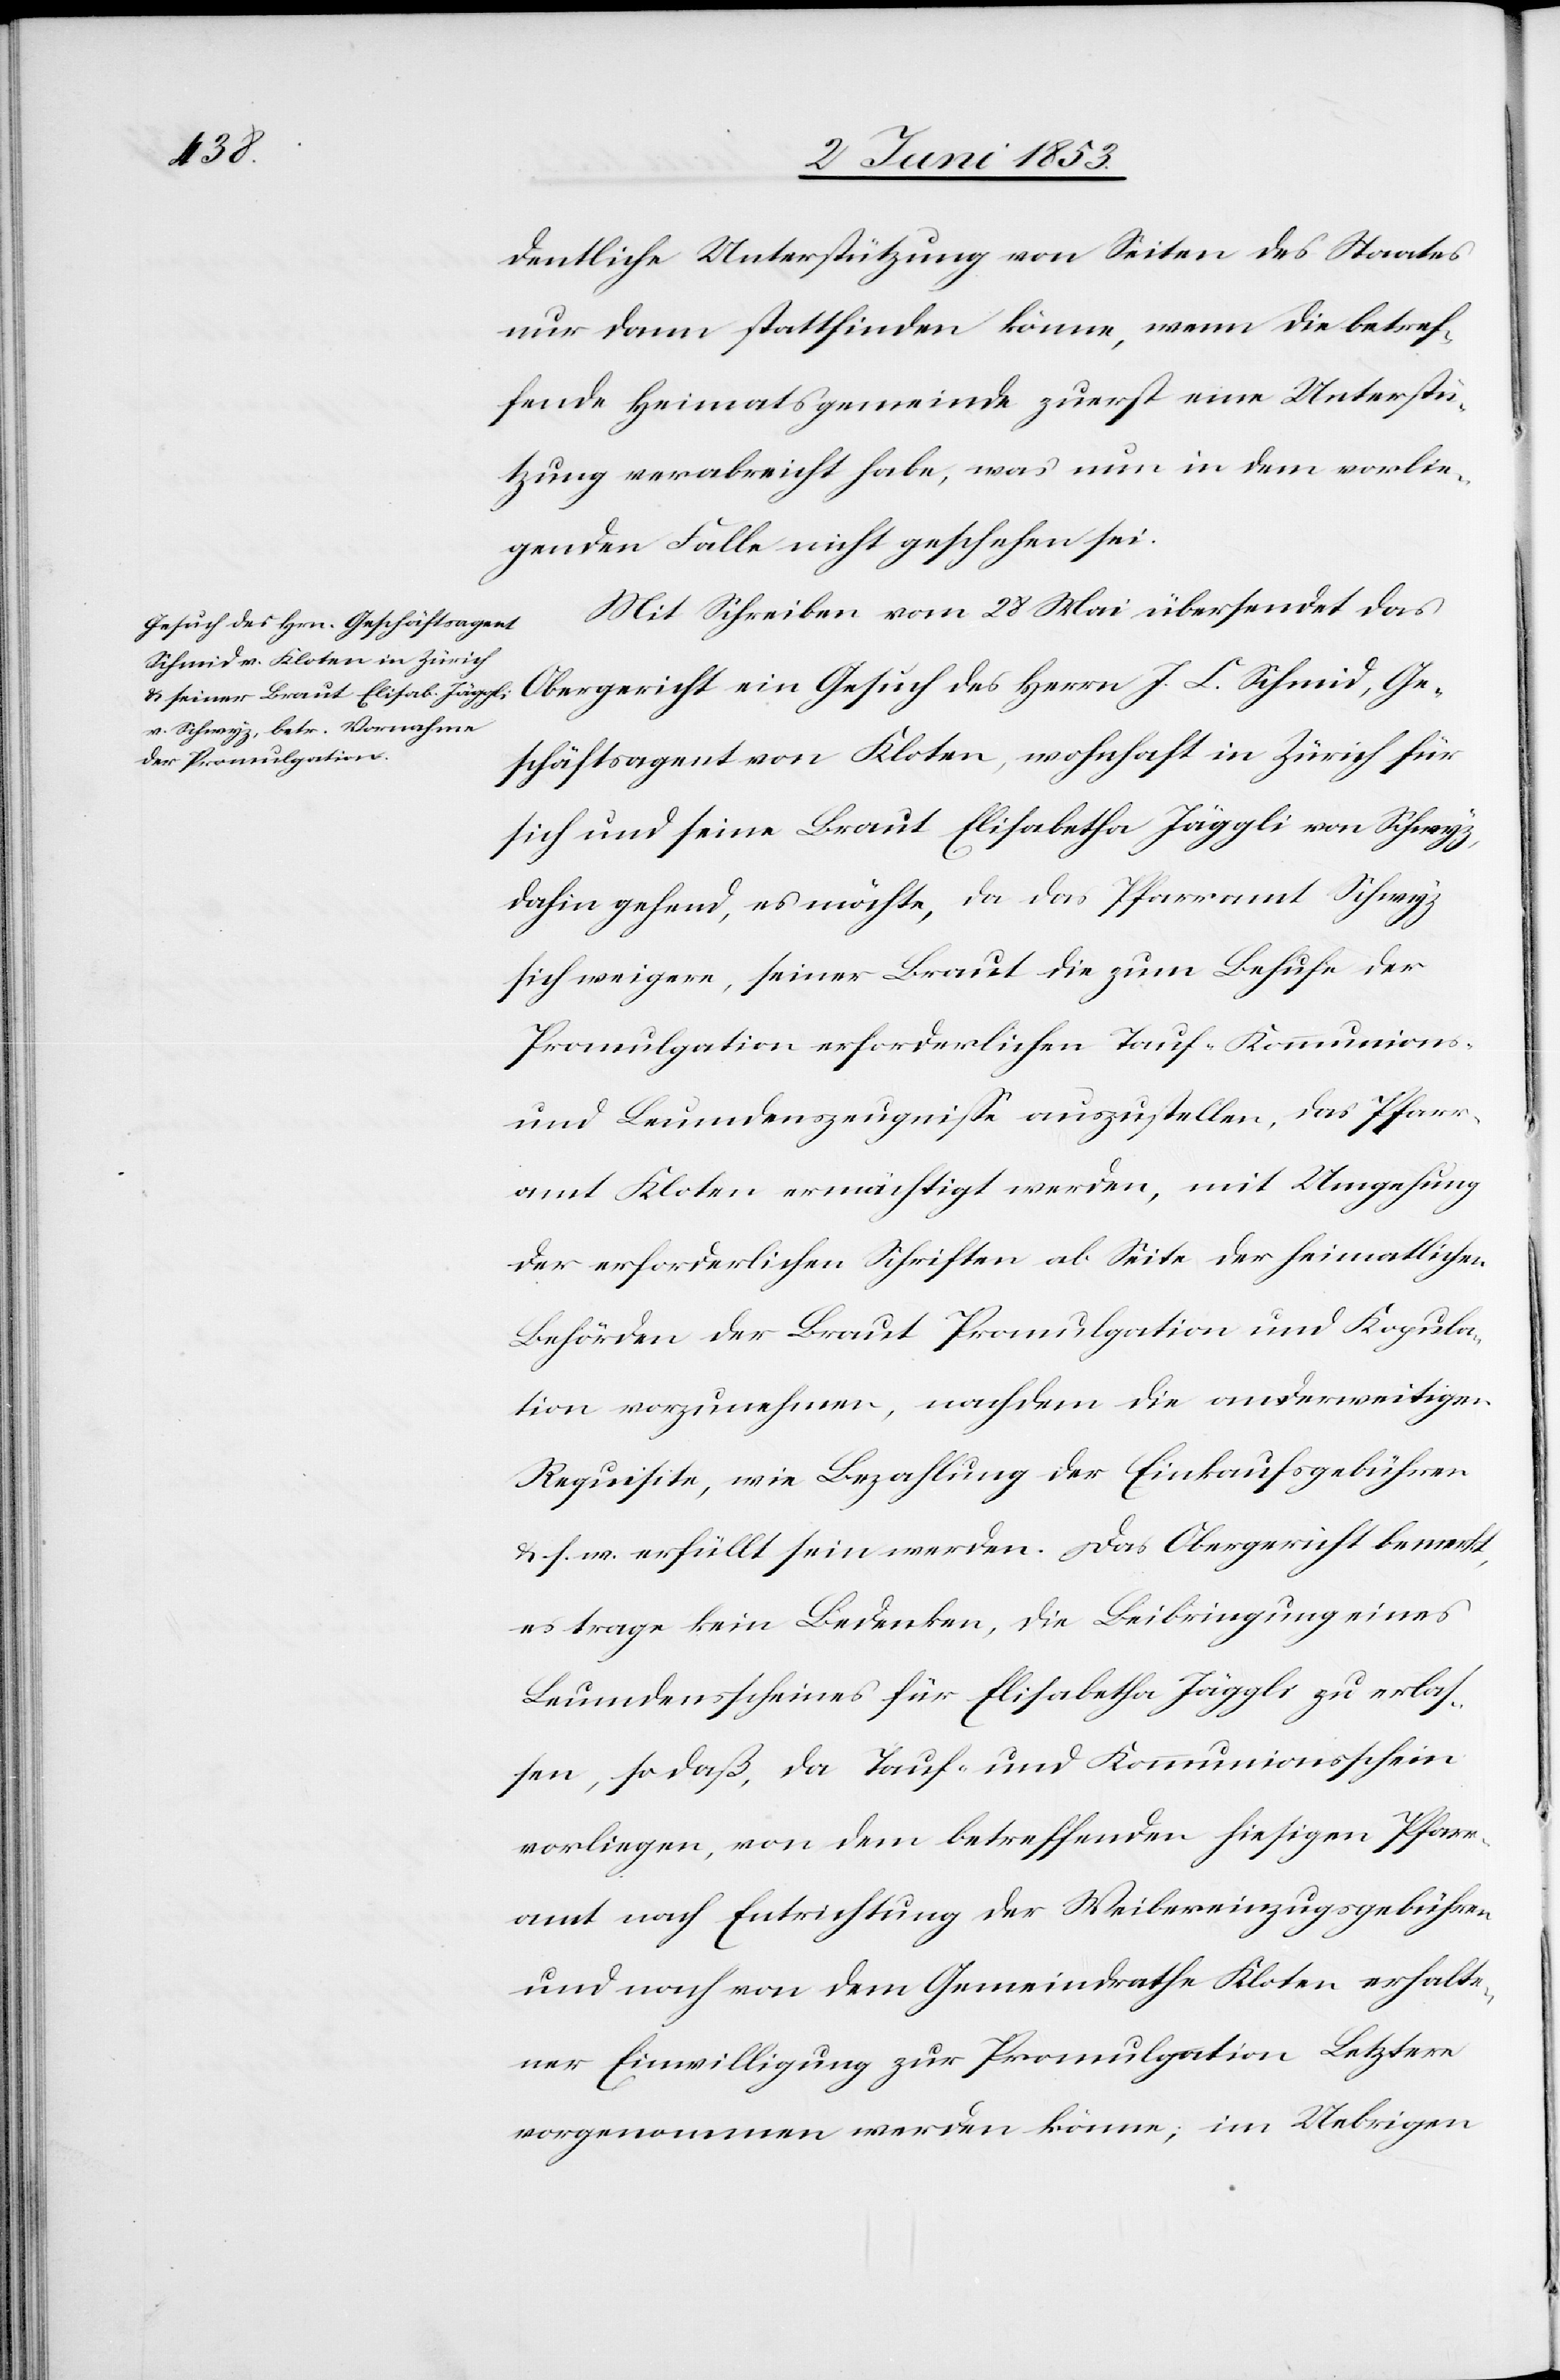
dentliche Unterstützung von Seiten des Staates
nur dann stattfinden könne, wenn die betref¬
fende Heimatsgemeinde zuerst eine Unterstü¬
tzung verabreicht habe, was nun in dem vorlie¬
genden Falle nicht geschehen sei.
Mit Schreiben vom 28 Mai übersendet das
Geschäftsagent von Kloten, wohnhaft in Zürich für
sich und seine Braut Elisabetha Jäggli von Schwyz,
dahin gehend, es möchte, da das Pfarramt Schwyz
sich weigere, seiner Braut die zum Behufe der
Promulgation erforderlichen Tauf- Kommunions-
und Leumdenszeugniße auszustellen, das Pfarr¬
amt Kloten ermächtigt werden, mit Umgehung
der erforderlichen Schriften ab Seite der heimatlichen
Behörden der Braut Promulgation und Kopula¬
tion vorzunehmen, nachdem die anderweitigen
Requisite, wie Bezahlung der Einkaufsgebühren
u. s. w. erfüllt sein werden. Das Obergericht bemerkt,
es trage kein Bedenken, die Beibringung eines
Leumdensscheines für Elisabetha Jäggli zu erlaß¬
en, so daß, da Tauf- und Kommunionsschein
vorliegen, von dem betreffenden hiesigen Pfarr¬
amt nach Entrichtung der Weibereinzugsgebühren
und nach von dem Gemeindrathe Kloten erhalte¬
ner Einwilligung zur Promulgation Letztere
vorgenommen werden könne, im Uebrigen